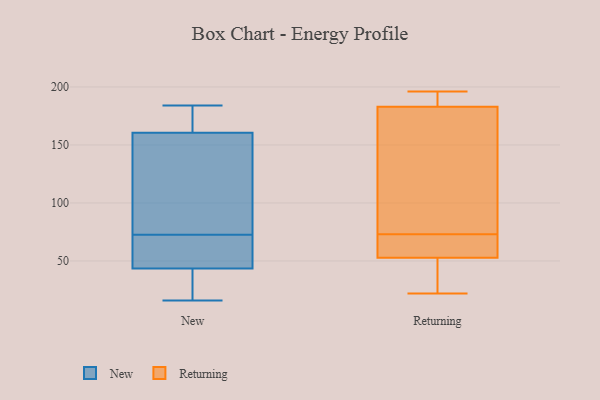
{"axis": {"x": "Market Share (%)", "y": "Value"}, "legend": ["New", "Returning"], "data": [{"x": "", "y": 167, "type": "New"}, {"x": "", "y": 174, "type": "New"}, {"x": "", "y": 103, "type": "New"}, {"x": "", "y": 42, "type": "New"}, {"x": "", "y": 116, "type": "New"}, {"x": "", "y": 76, "type": "New"}, {"x": "", "y": 184, "type": "New"}, {"x": "", "y": 35, "type": "New"}, {"x": "", "y": 69, "type": "New"}, {"x": "", "y": 56, "type": "New"}, {"x": "", "y": 169, "type": "New"}, {"x": "", "y": 45, "type": "New"}, {"x": "", "y": 68, "type": "New"}, {"x": "", "y": 16, "type": "New"}, {"x": "", "y": 154, "type": "New"}, {"x": "", "y": 22, "type": "New"}, {"x": "", "y": 156, "type": "Returning"}, {"x": "", "y": 117, "type": "Returning"}, {"x": "", "y": 192, "type": "Returning"}, {"x": "", "y": 50, "type": "Returning"}, {"x": "", "y": 62, "type": "Returning"}, {"x": "", "y": 73, "type": "Returning"}, {"x": "", "y": 196, "type": "Returning"}, {"x": "", "y": 22, "type": "Returning"}, {"x": "", "y": 196, "type": "Returning"}, {"x": "", "y": 58, "type": "Returning"}, {"x": "", "y": 51, "type": "Returning"}]}